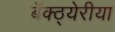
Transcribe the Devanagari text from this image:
बॅक्ठ्येरीया